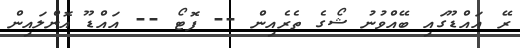
ރޭ އައްޑޫގައި ބޭއްވުނު ޝޯގެ ތެރެއިން -- ފޮޓޯ -- އައްޑޫ އޮންލައިން